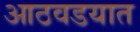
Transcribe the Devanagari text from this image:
आठवडयात